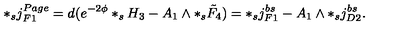
* _ { s } j _ { F 1 } ^ { P a g e } = d ( e ^ { - 2 \phi } * _ { s } H _ { 3 } - A _ { 1 } \wedge * _ { s } \tilde { F } _ { 4 } ) = * _ { s } j _ { F 1 } ^ { b s } - A _ { 1 } \wedge * _ { s } j _ { D 2 } ^ { b s } .